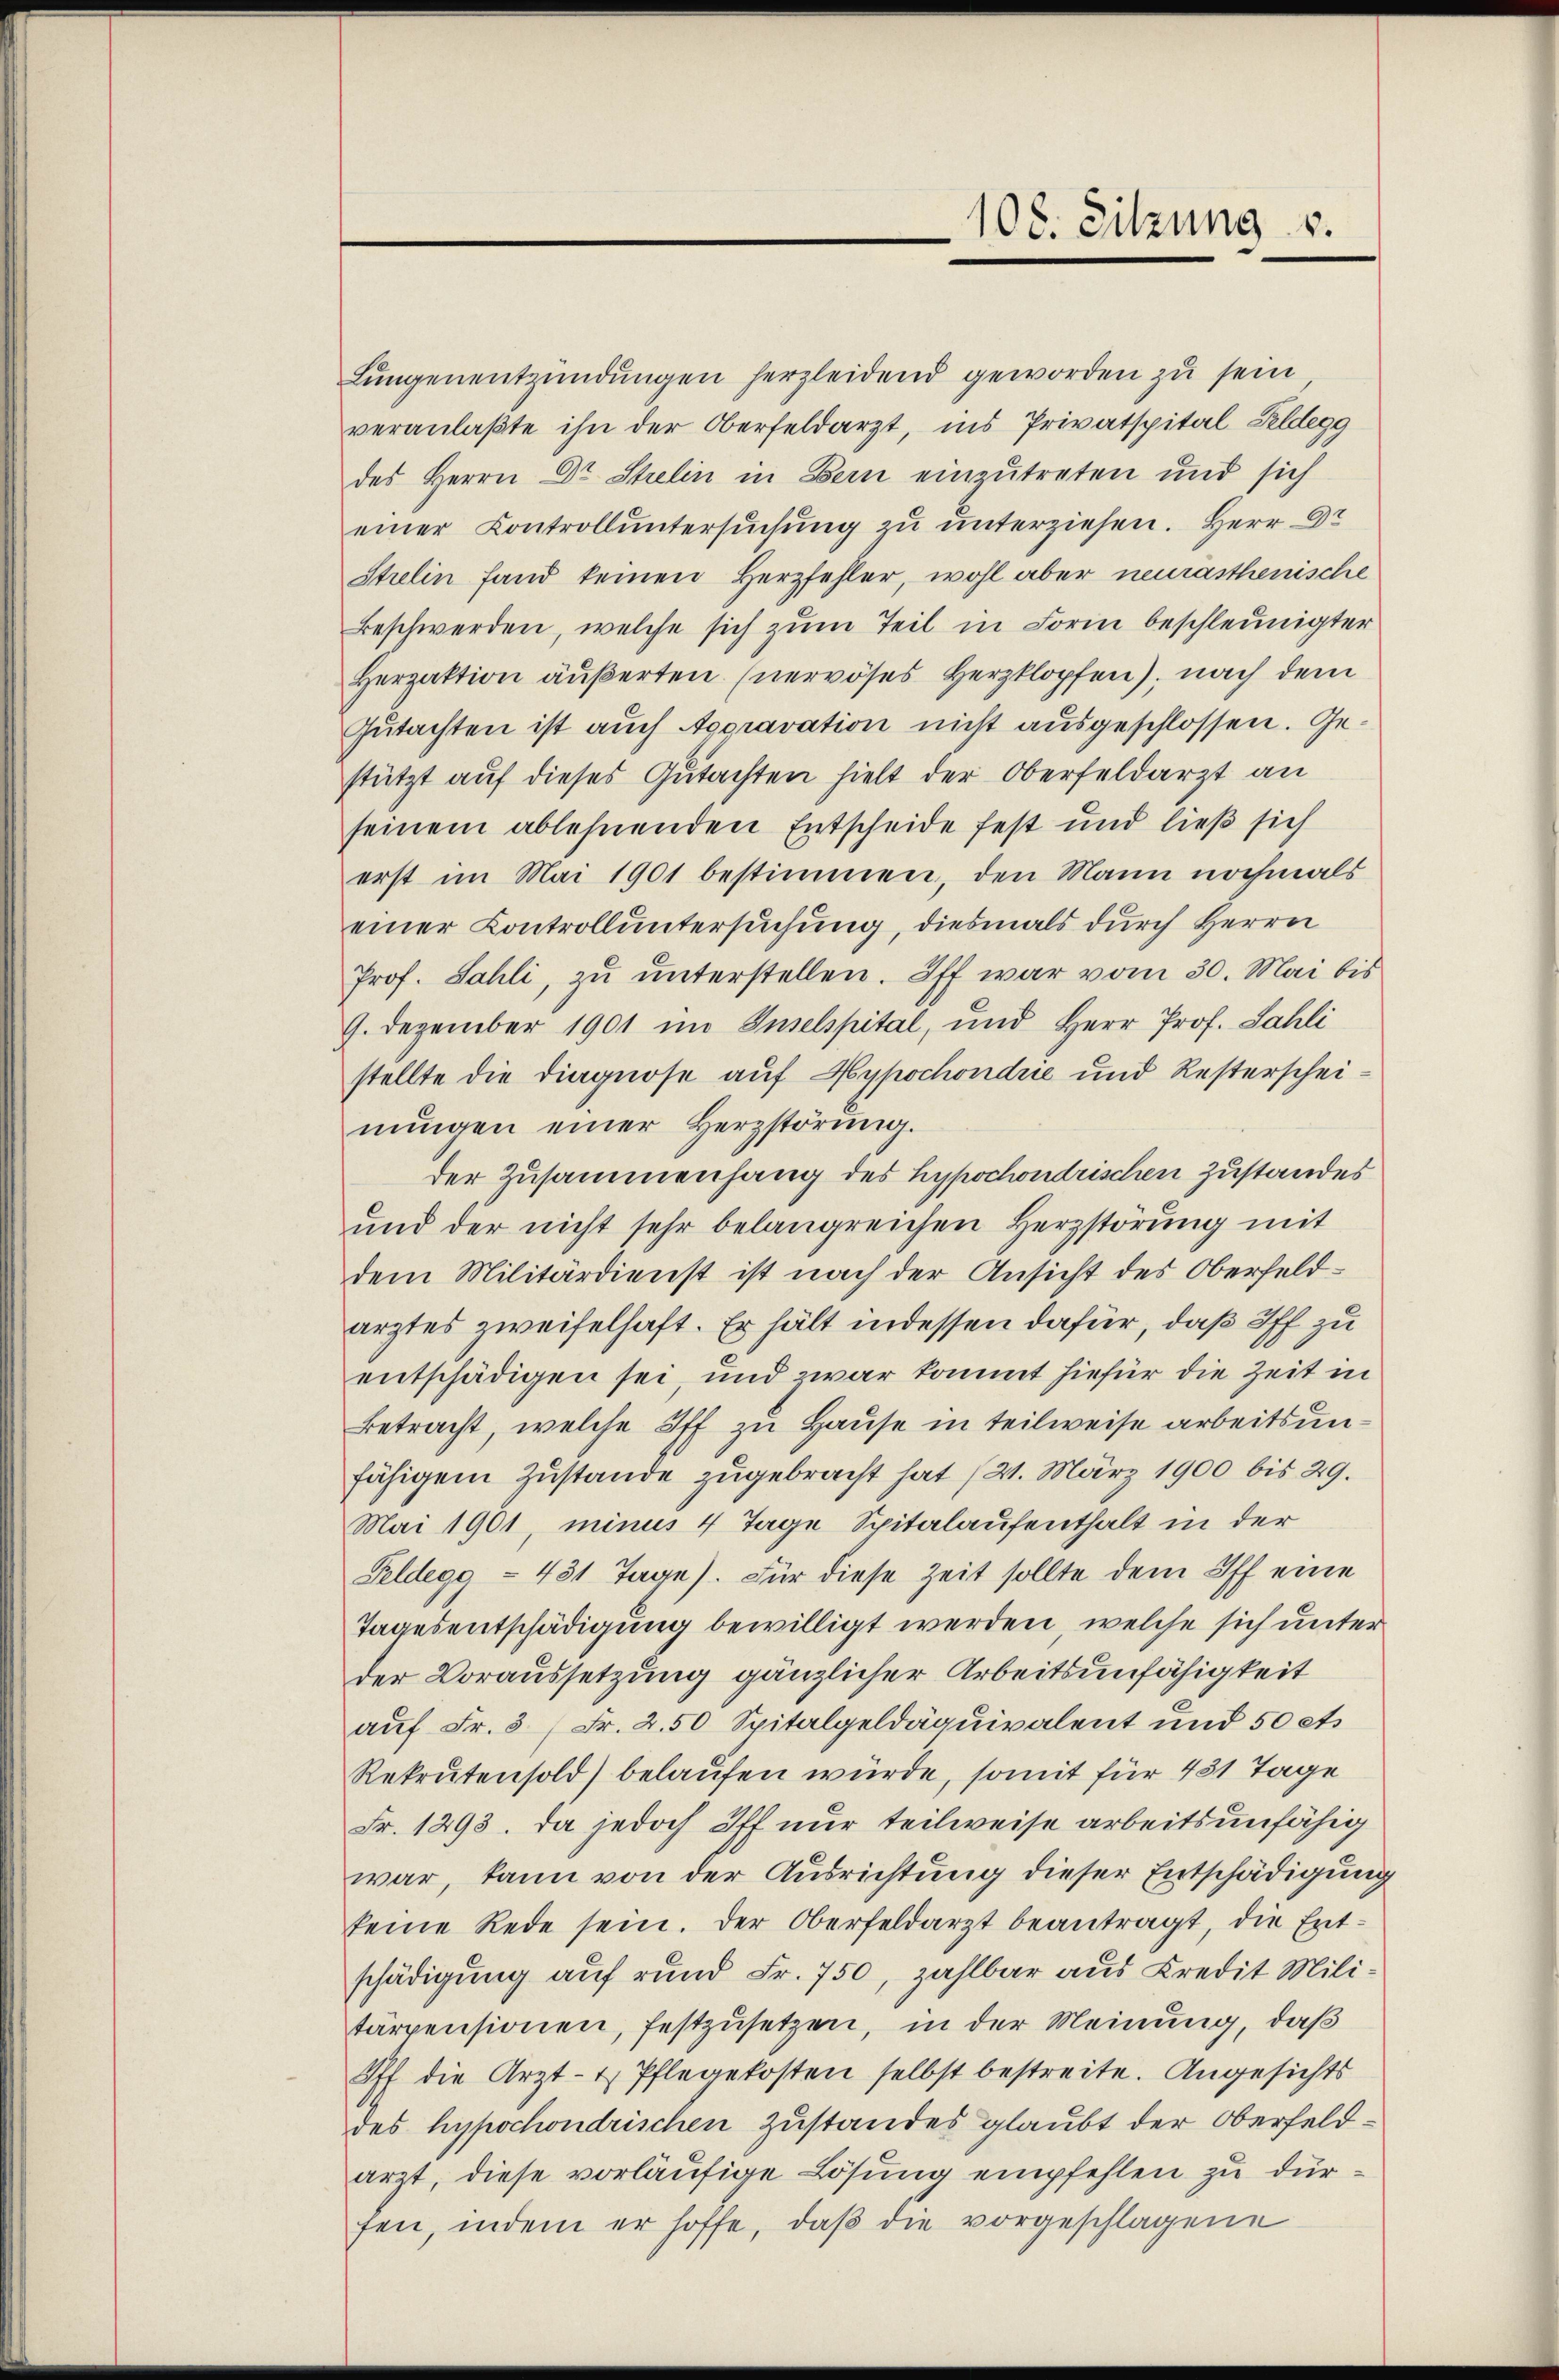
Lungenentzündungen herzleidend geworden zu sein
veranlaßte ihn der Oberfeldarzt, ins Privatspital Feldegg
des Herrn Dr Strelin in Bern einzutreten und sich
einer Controll untersuchung zu unterziehen. Herr Dr
Strelin fand keinen Herzfehler, wohl aber neurasthenische
Beschwerden, welche sich zum Teil in Form beschleunigter
Herzaktion äußerten (nervöses Herzklopfen), nach dem
Gutachten ist auch Agoravation nicht ausgeschlossen. Gestützt auf dieses Gutachten hielt der Oberfeldarzt an
seinem ablehnenden Entscheide fest und ließ sich
erst im Mai 1901 bestimmen, den Mann nochmals
einer Controll untersuchung, diesmals durch Herrn
Prof. Sahli, zu unterstellen. Iff war vom 30. Mai bis
9. Dezember 1901 im Inselspital, und Herr Prof. Sahli
stellte die Diagnose auf Hypochondrie und Resterscheinŭngen einer Herzstörŭng.
der Zusammenhang des hypochondrischen Zustandes
und der nicht sehr belangreichen Herzstörung mit
dem Militärdienst ist nach der Ansicht des Oberfeld-
arztes zweifelhaft. Er hält indessen dafür, daß Iff zu
entschädigen sei, und zwar kommt hiefür die Zeit in
Betracht, welche off zu Hause in teilweise arbeitsunfähigem Zustande zugebracht hat (21. März 1900 bis 29.
Mai 1901, minus 4 Tage Spitalaufenthalt in der
Feldegg - 431 Tage). Für diese Zeit sollte dem Off eine
Tagesentschädigung bewilligt werden, welche sich unter
der Voraussetzung gänzlicher Arbeitsunfähigkeit
auf Fr. 3 (Fr. 2.50 Spitalgeldäquivalent und 50 ets
Rekrutensold) belaufen würde, somit für 431 Tage
Fr. 1293. Da jedoch Iff nur teilweise arbeitsunfähig
war, kann von der Ausrichtung dieser Entschädigung
keine Rede sein. Der Oberfeldarzt beantragt, die Entschädigung auf rund Fr. 750, zahlbar aus Kredit Militärpensionen, festzusetzen, in der Meinung, daß
Iff die Arzt- & Pflegekosten selbst bestreite. Angesichts
des hypochondrischen Zustandes glaubt der Oberfeldarzt, diese vorläufige Lösung empfehlen zu dürfen, indem er hoffe, daβ die vorgeschlagene

108. Sitzung v.